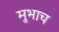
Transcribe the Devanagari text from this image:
मुभाच